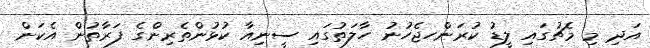
އަދި މި މެޗުގައި ލީޑު ކުރަންހޖެހުނު ހާލަތުގައި ސީނިއާ ކުޅުންތެރިންގެ ފަރާތުން އެކަން